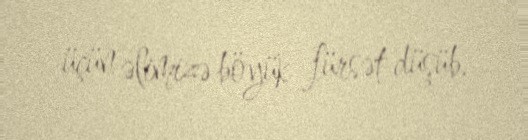
üçün əlimizə böyük fürsət düşüb.